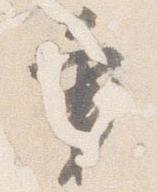
秉